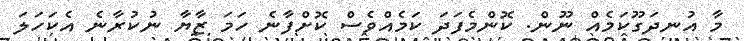
މާ އުނދަގޫކަމެއް ނޫން. ކޮންމެފަދަ ކަމެއްވެސް ކޮށްފާނެ ހަމަ ޒާޔާ ނުކުރާނެ އެކަހަލަ